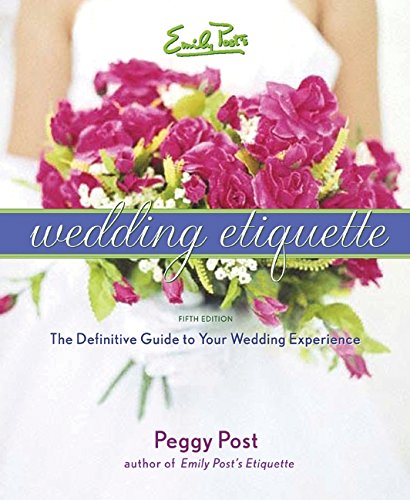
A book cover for Emily Post's Wedding Etiquette; Peggy Post; Crafts, Hobbies & Home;